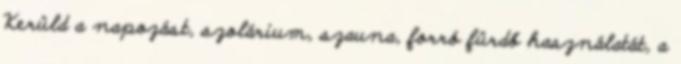
Kerüld a napozást, szolárium, szauna, forró fürdő használatát, a